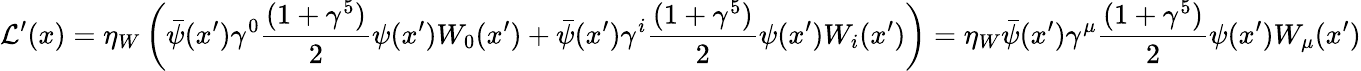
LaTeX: \mathcal{L}^{\prime}(x)=\eta_{W}\left(\bar{\psi}(x^{\prime})\gamma^{0}\frac{(1+\gamma^{5})}{2}\psi(x^{\prime})W_{0}(x^{\prime})+\bar{\psi}(x^{\prime})\gamma^{i}\frac{(1+\gamma^{5})}{2}\psi(x^{\prime})W_{i}(x^{\prime})\right)=\eta_{W}\bar{\psi}(x^{\prime})\gamma^{\mu}\frac{(1+\gamma^{5})}{2}\psi(x^{\prime})W_{\mu}(x^{\prime})